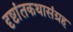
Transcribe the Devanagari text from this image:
दृष्टांतकथासंग्रह